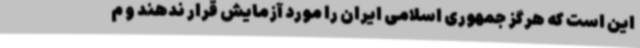
این است که هرگز جمهوری اسلامی ایران را مورد آزمایش قرار ندهند و م